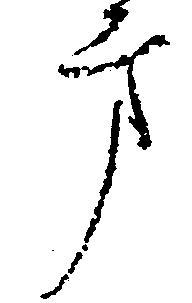
方